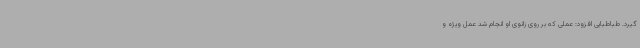
گیرد. طباطبایی افزود: عملی که بر روی زانوی او انجام شد عمل ویژه و